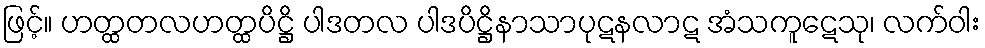
ဖြင့်။ ဟတ္ထတလဟတ္ထပိဋ္ဌိ ပါဒတလ ပါဒပိဋ္ဌိနာသာပုဋနလာဋ အံသကူဋေသု၊ လက်ဝါး